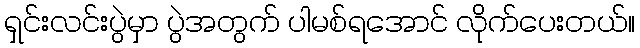
ရှင်းလင်းပွဲမှာ ပွဲအတွက် ပါမစ်ရအောင် လိုက်ပေးတယ်။